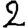
Digit: 2